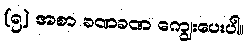
(၅) အစာ ခဏခဏ ကျွေးပေးပါ။